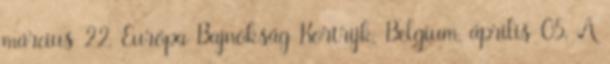
március 22. Európa Bajnokság Kortrijk, Belgium, április 05. A